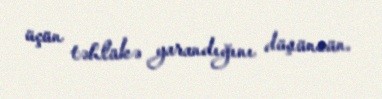
üçün təhlükə yarandığını düşünsün.